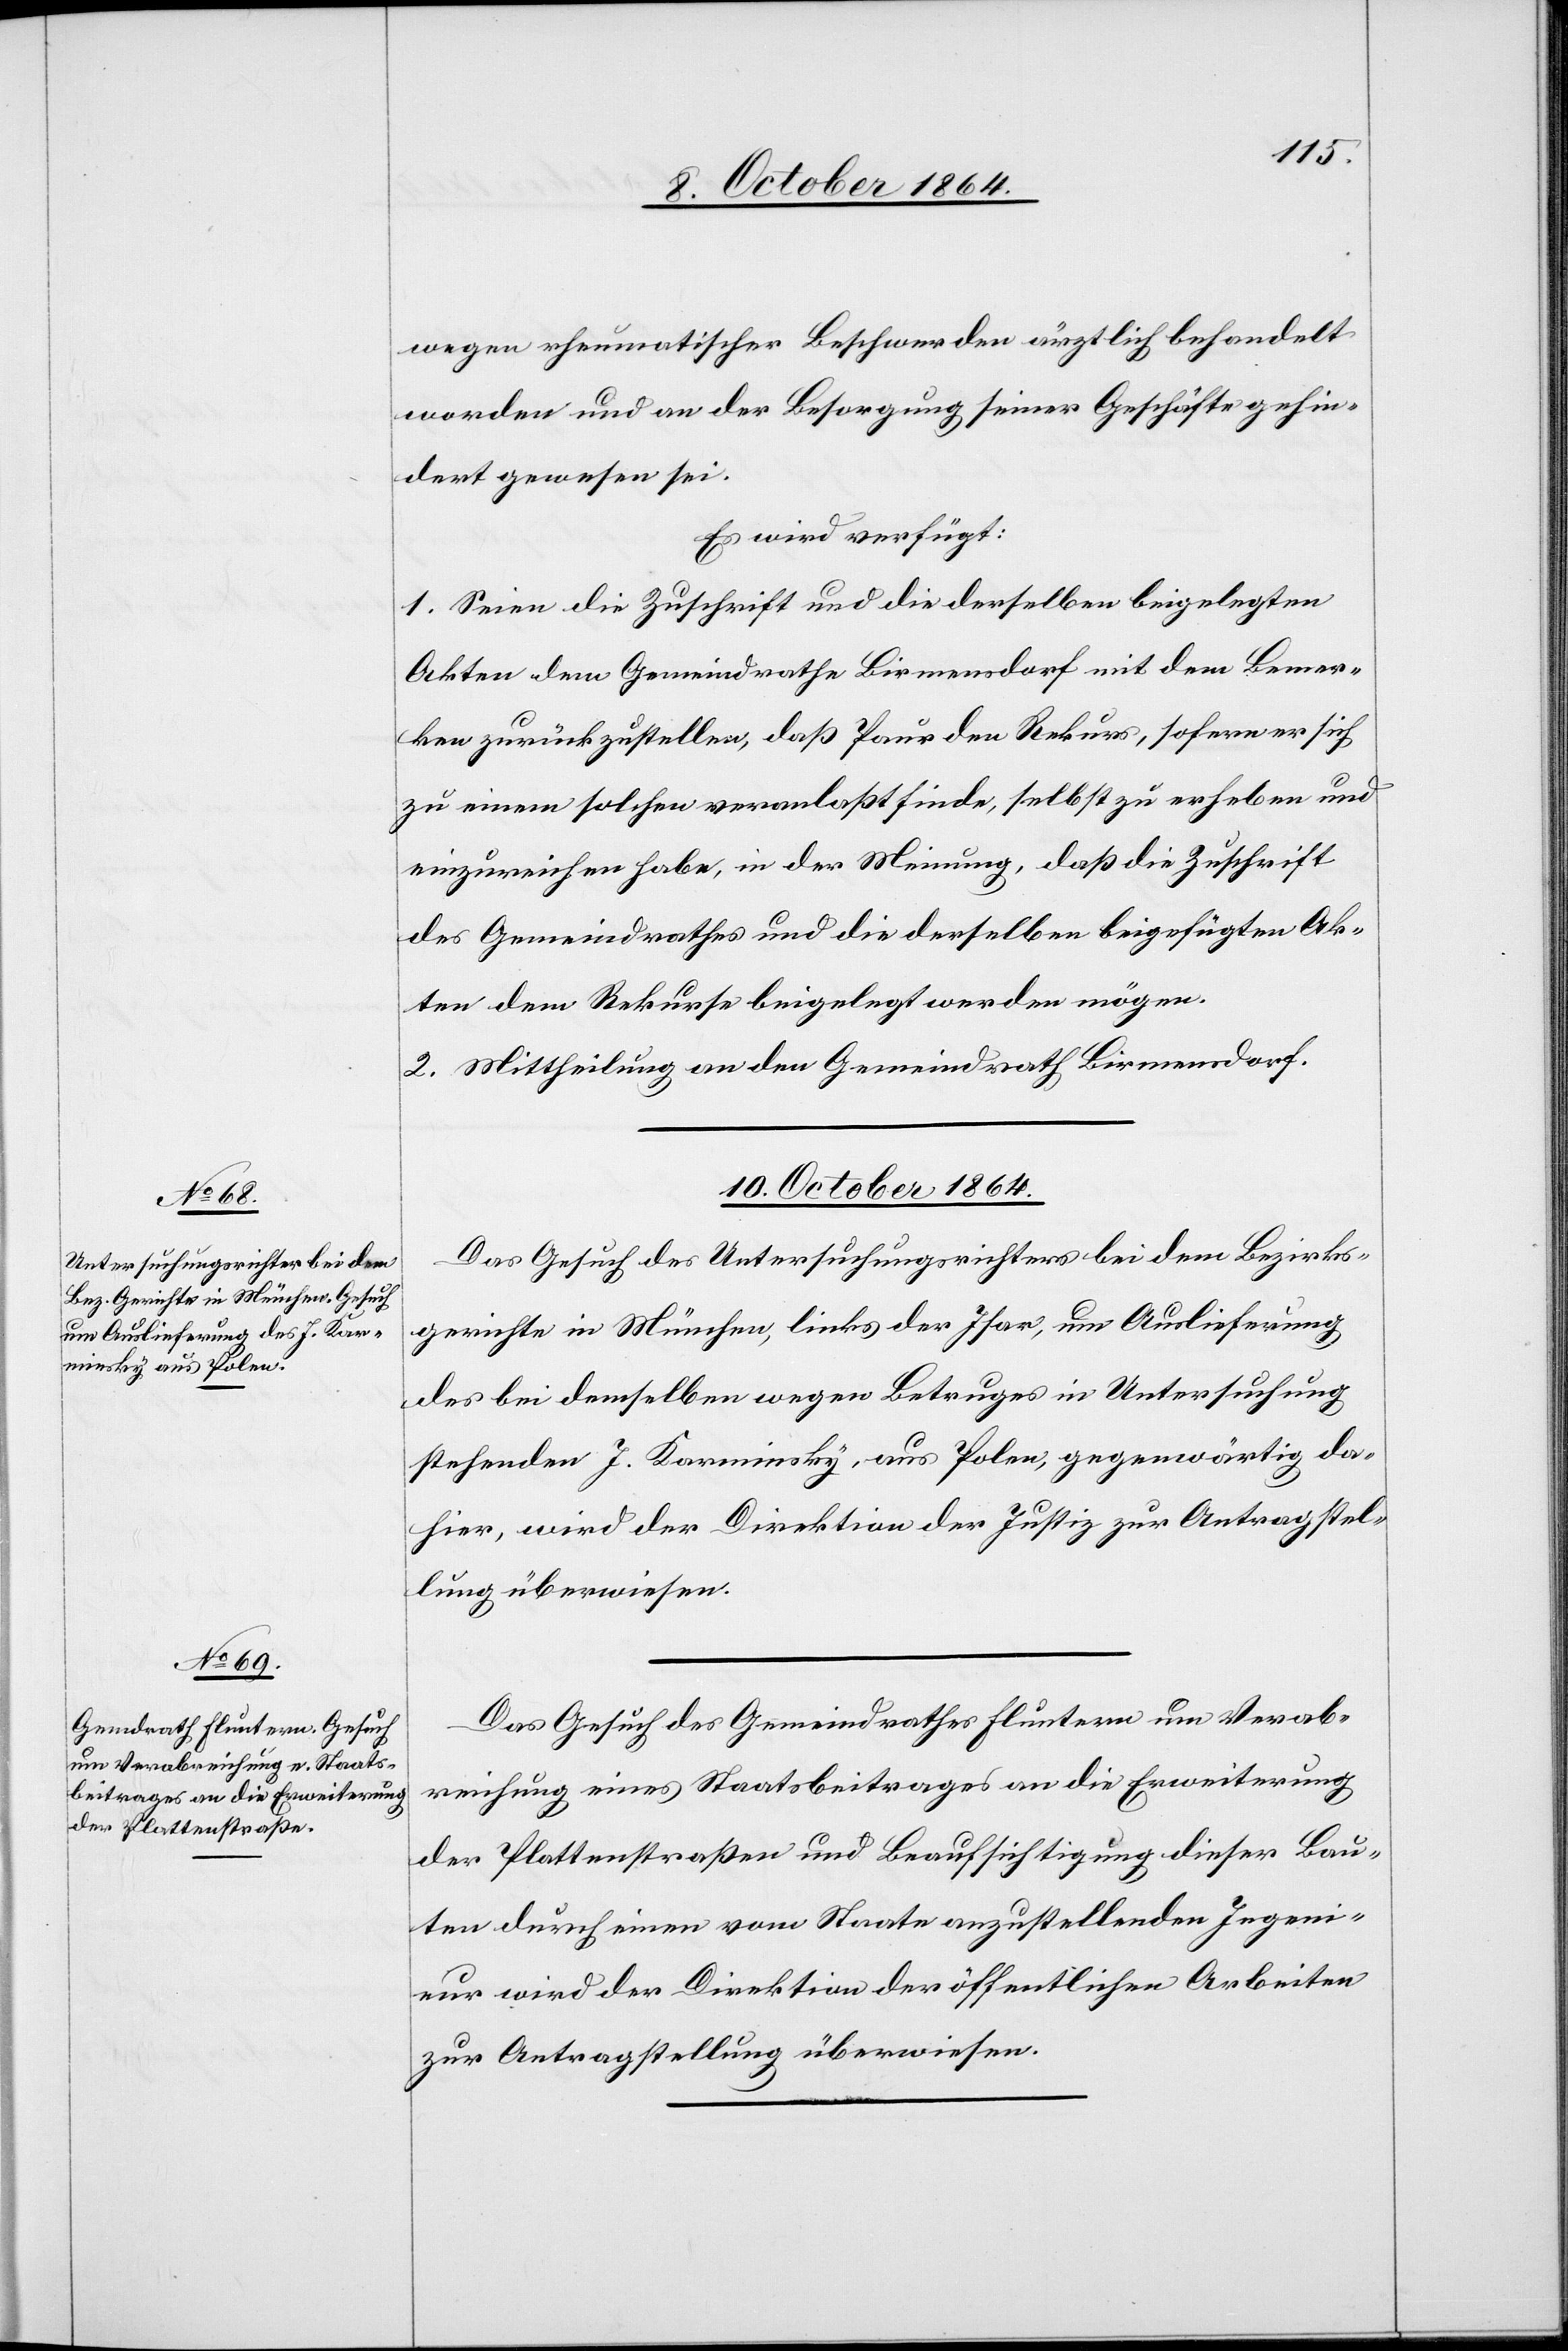
wegen rheumatischer Beschwerden ärztlich behandelt
worden und an der Besorgung seiner Geschäfte gehin¬
dert gewesen sei.
Es wird verfügt:
1. Seien die Zuschrift und die derselben beigelegten
Akten dem Gemeindrathe Birmensdorf mit dem Bemer¬
ken zurückzustellen, daß Paur den Rekurs, sofern er sich
zu einem solchen veranlaßt finde, selbst zu erheben und
einzureichen habe, in der Meinung, daß die Zuschrift
des Gemeindrathes und die derselben beigefügten Ak¬
ten dem Rekurse beigelegt werden mögen.
2. Mittheilung an den Gemeindrath Birmensdorf.
10. October 1864.]
Das Gesuch des Untersuchungsrichters bei dem Bezirks¬
gerichte in München, links der Isar, um Auslieferung
des bei demselben wegen Betruges in Untersuchung
stehenden J. Karminsky, aus Polen, gegenwärtig da¬
hier, wird der Direktion der Justiz zur Antragstel¬
lung überwiesen.
Das Gesuch des Gemeindrathes Fluntern um Verab¬
reichung eines Staatsbeitrages an die Erweiterung
der Plattenstraßen und Beaufsichtigung dieser Bau¬
ten durch einen vom Staate anzustellenden Ingeni¬
eur wird der Direktion der öffentlichen Arbeiten
zur Antragstellung überwiesen.